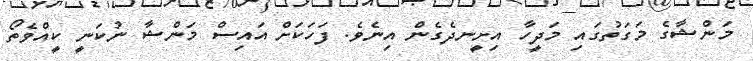
މަންޝާގެ މަގަތުގައި މަދީހާ އިށީނދެގެން އިނެވެ. ފަހަކަށް އައިސް މަންޝާ ނުކަނީ ކީއްވެތޯ